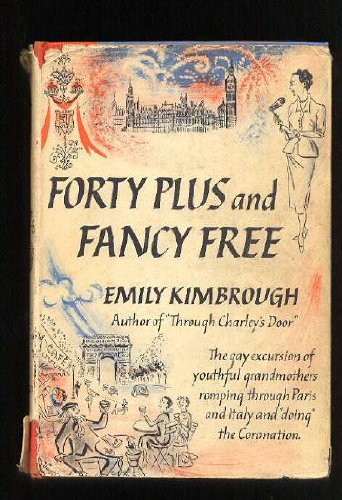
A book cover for Forty Plus and Fancy Free: The gay excursion of youthful grandmothers romping through Paris and Italy and "doing" the Coronation; Emily Kimbrough; Gay & Lesbian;